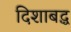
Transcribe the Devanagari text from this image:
दिशाबद्ध